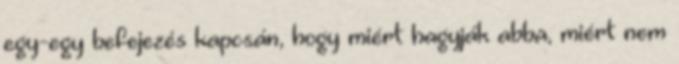
egy-egy befejezés kapcsán, hogy miért hagyják abba, miért nem